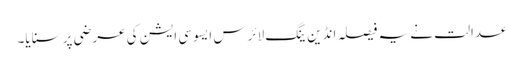
عدالت نے یہ فیصلہ انڈین ینگ لائرس ایسوسی ایشن کی عرضی پر سنایا۔